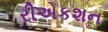
રીએકશન